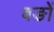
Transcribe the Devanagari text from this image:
बङों